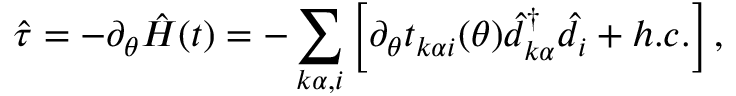
\hat { \tau } = - \partial _ { \theta } \hat { H } ( t ) = - \sum _ { k \alpha , i } \left[ \partial _ { \theta } t _ { k \alpha i } ( \theta ) \hat { d } _ { k \alpha } ^ { \dagger } \hat { d } _ { i } + h . c . \right] ,